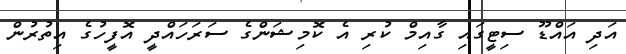
އަދި އައްޑޫ ސިޓީގައި ގާއިމް ކުރި އެ ކޮމިޝަންގެ ސަރަހައްދީ އޮފީހުގެ އިތުރުން